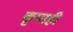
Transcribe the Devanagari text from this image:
कृपाही